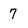
Character: 7